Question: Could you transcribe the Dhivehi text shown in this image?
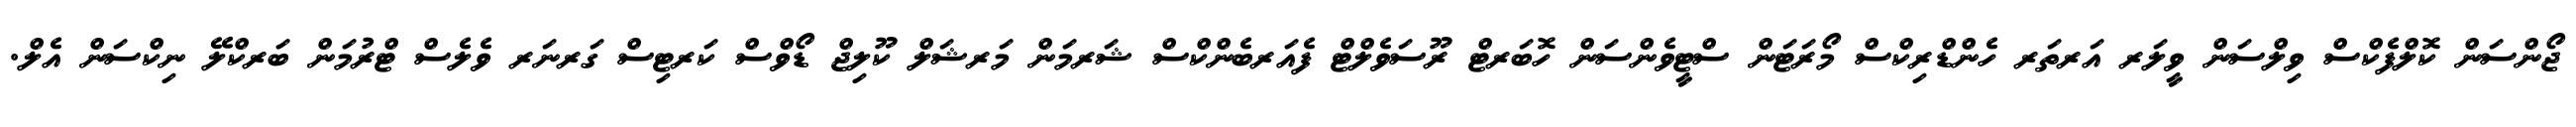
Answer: ޖޯންސަން ކޮލްފެކްސް ވިލްސަން ވީލަރ އަރތަރ ހެންޑްރިކްސް މޯރަޓަން ސްޓީވެންސަން ހޮބަރޓް ރޫސަވެލްޓް ފެއަރބެންކްސް ޝަރމަން މަރޝަލް ކޫލިޖް ޑޯވްސް ކަރޓިސް ގަރނަރ ވެލެސް ޓްރުމަން ބަރކްލޭ ނިކްސަން އެލް.